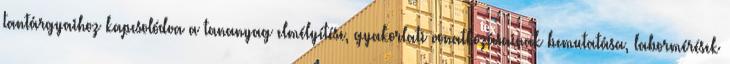
tantárgyaihoz kapcsolódva a tananyag elmélyítése, gyakorlati vonatkozásainak bemutatása, labormérések